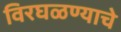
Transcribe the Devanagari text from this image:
विरघळण्याचे